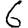
Digit: 6